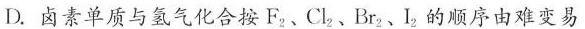
D.卤素单质与氢气化合按F_{ 2 }、C1_{ 2}、Br_{ 2 }、I_{ 2 }的顺序由难变易